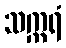
သက္ကရံ